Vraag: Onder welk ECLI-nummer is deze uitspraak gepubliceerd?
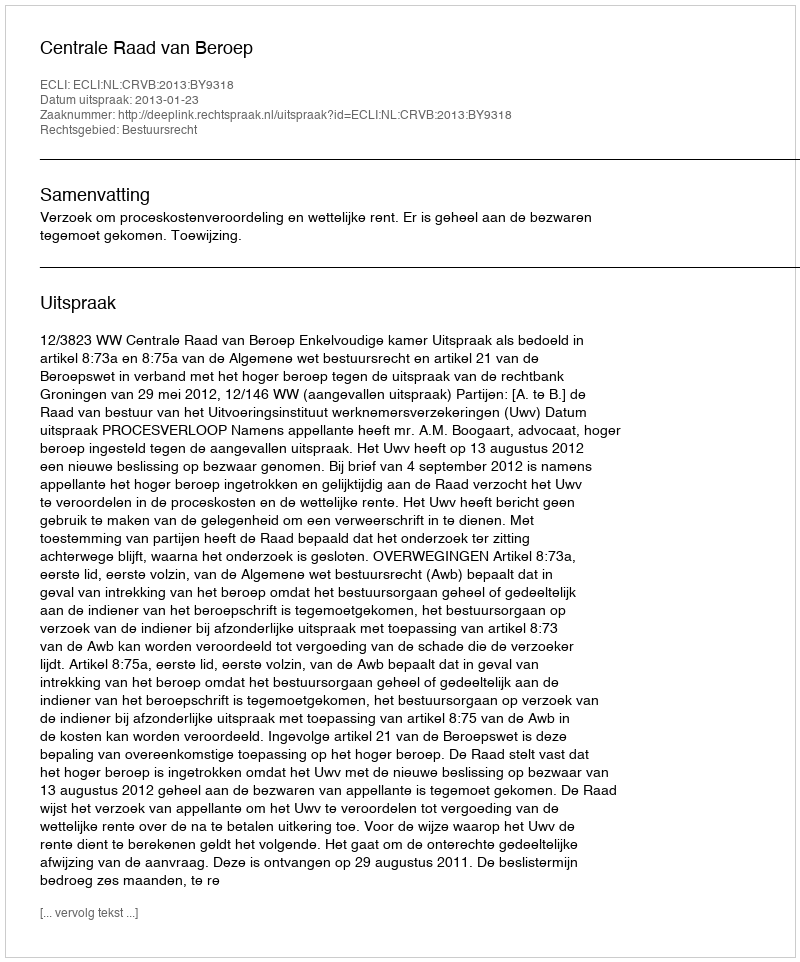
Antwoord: ECLI:NL:CRVB:2013:BY9318